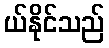
ယ်နိုင်သည်